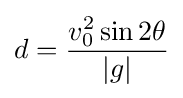
d={\frac {v_{0}^{2}\sin 2\theta }{|g|}}